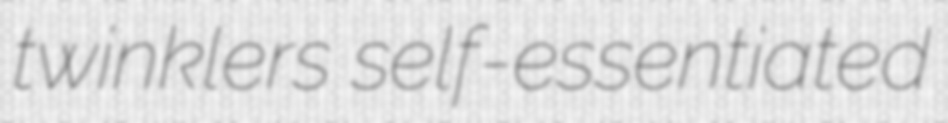
twinklers self-essentiated